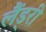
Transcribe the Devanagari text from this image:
लैंड्री